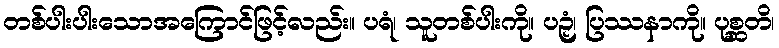
တစ်ပါးပါးသောအကြောင်ဖြင့်လည်း။ ပရံ၊ သူတစ်ပါးကို။ ပဉှံ၊ ပြဿနာကို။ ပုစ္ဆတိ၊